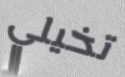
تخيلي